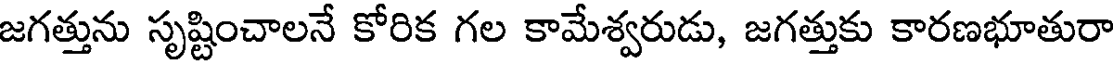
జగత్తును సృష్టించాలనే కోరిక గల కామేశ్వరుడు, జగత్తుకు కారణభూతురా